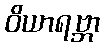
ဝိယာရဗ္ဘာ